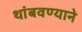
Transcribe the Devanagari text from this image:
थांबवण्याने